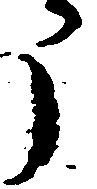
う